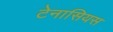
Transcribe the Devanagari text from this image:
टेनासियस